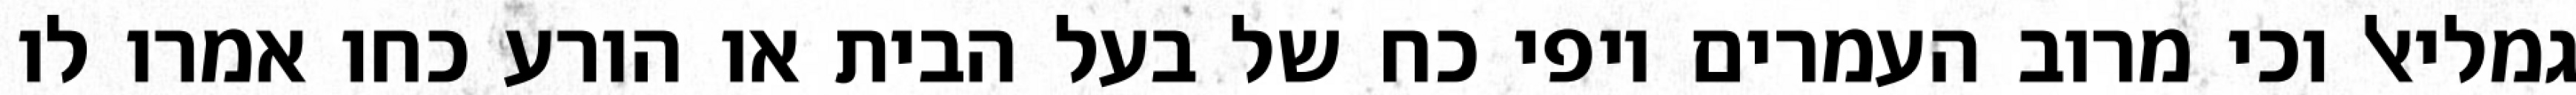
גמליאל וכי מרוב העמרים יופי כח של בעל הבית או הורע כחו אמרו לו